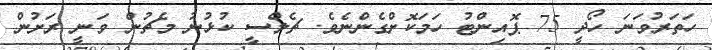
ހަތަރުވަނަ ހޯދީ 75 ޕޮއިންޓު ހަމަކޮށްގެންނެވެ. ޗެލްސީ ކުޅުނު މެޗުން ވަނީ ރަށުން